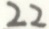
2 2